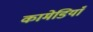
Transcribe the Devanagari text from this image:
कामेडियाँ